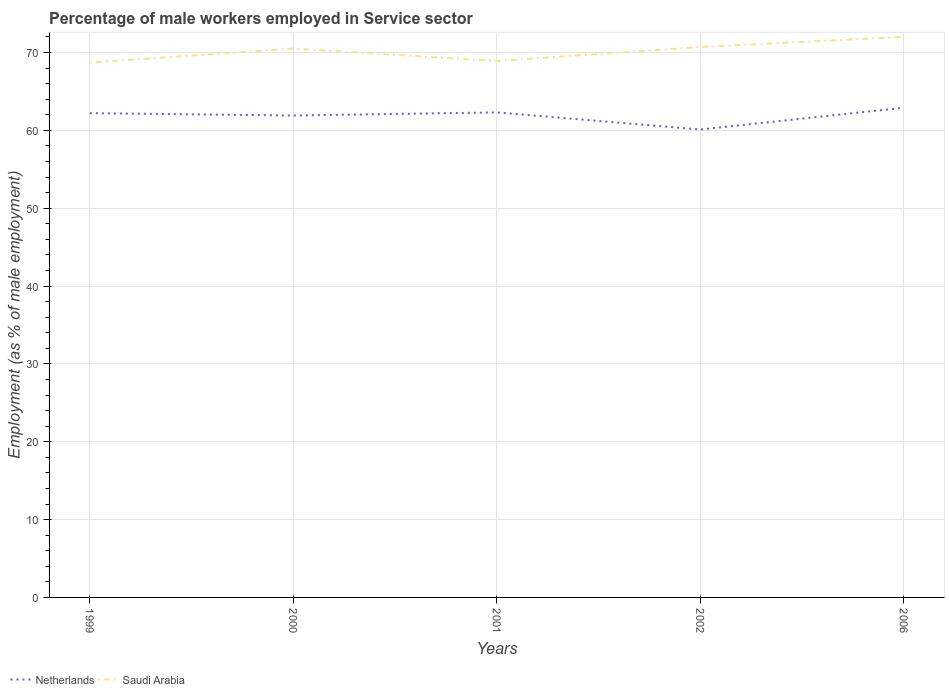
| Years | Netherlands | Saudi Arabia |
 | --- | --- | --- |
 | 1999 | 62.2 | 68.7 |
 | 2000 | 61.9 | 70.5 |
 | 2001 | 62.3 | 68.9 |
 | 2002 | 60.1 | 70.7 |
 | 2006 | 62.9 | 72 |